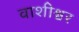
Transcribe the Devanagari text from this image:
वाशीश्वर